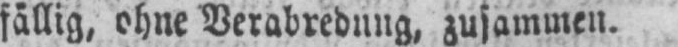
fällig, ohne Verabredung, zusammen.